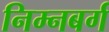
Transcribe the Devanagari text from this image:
निम्नबर्ग